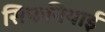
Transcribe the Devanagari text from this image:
सिफनियाई